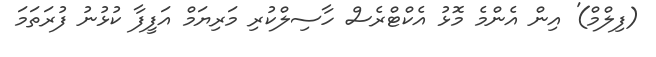
(ފިލްމް)' އިން އެންމެ މޮޅު އެކްޓްރެސް ހާސިލްކުރި މަރިޔަމް އަފީފާ ކުޅުނު ފުރަތަމަ